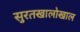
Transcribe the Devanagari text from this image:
सुरतखालोखाल